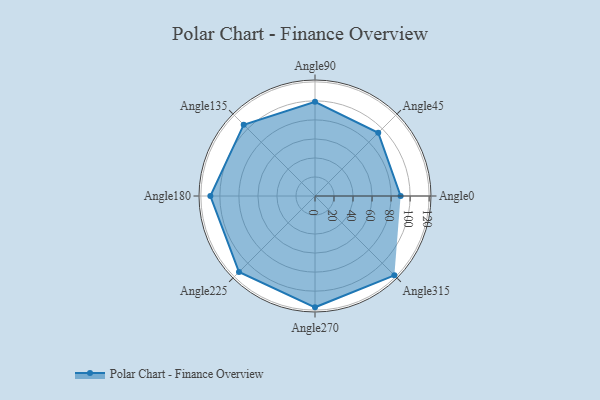
{"axis": {"x": "Angle", "y": "Radius"}, "legend": [""], "data": [{"x": "Angle0", "y": 90.0, "type": ""}, {"x": "Angle45", "y": 94.0, "type": ""}, {"x": "Angle90", "y": 99.0, "type": ""}, {"x": "Angle135", "y": 106.0, "type": ""}, {"x": "Angle180", "y": 110.0, "type": ""}, {"x": "Angle225", "y": 113.0, "type": ""}, {"x": "Angle270", "y": 117.0, "type": ""}, {"x": "Angle315", "y": 118.0, "type": ""}]}